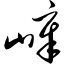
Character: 嶂